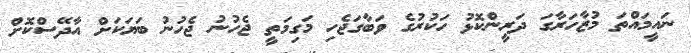
ނައީމައްތަ މުޒާހަރާގަ ދަރީންކޮޅު ހަކުރުގެ ވަބާގަޖެހި މަގިމަތީ ޖެހުނު ޖެހުނު ބަޔަކަށް އާދޭސްކޮށް